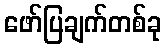
ဖော်ပြချက်တစ်ခု